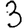
Digit: 3